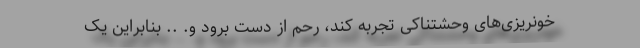
خونریزی‌های وحشتناکی تجربه کند، رحم از دست برود و. .. بنابراین یک